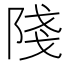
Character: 䧖